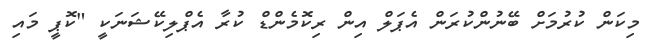
މިކަން ކުރުމަށް ބޭނުންކުރަން އެޕަލް އިން ރިކޮމެންޑް ކުރާ އެޕްލިކޭޝަނަކީ "ކޮޕީ މައި